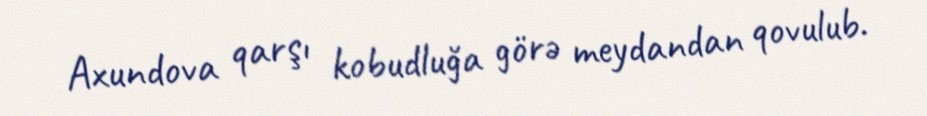
Axundova qarşı kobudluğa görə meydandan qovulub.